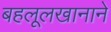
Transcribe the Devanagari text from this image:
बहलूलखानाने